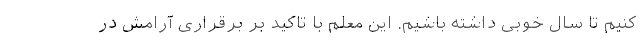
کنیم تا سال خوبی داشته باشیم. این معلم با تاکید بر برقراری آرامش در